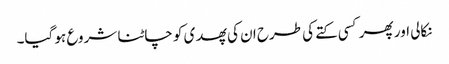
نکالی اور پھر کسی کتے کی طرح ان کی پھدی کو چاٹنا شروع ہو گیا۔